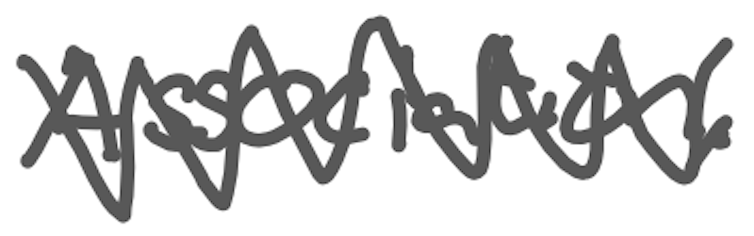
Text: Association,
Cross-out: zig-zag
Writing tool: digital_gray